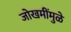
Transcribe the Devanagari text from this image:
जोखमींमुळे